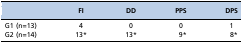
|  | FI | DD | PPS | DPS |
 | --- | --- | --- | --- | --- |
 | G1 (n=13) | 4 | 0 | 0 | 1 |
 | G2 (n=14) | 13* | 13* | 9* | 8* |